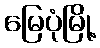
မြေပုံမြို့